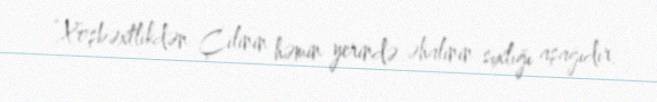
“Xoşbəxtlikdən Çilinin həmin yerində əhalinin sıxlığı aşağıdır.